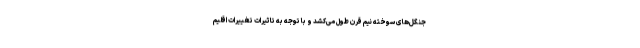
‌جنگل‌های سوخته نیم قرن طول می‌کشد و با توجه به تاثیرات تغییرات اقلیم